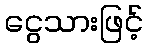
ငွေသားဖြင့်